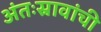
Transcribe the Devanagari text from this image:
अंतःस्रावांची